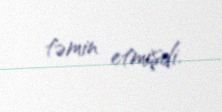
təmin etmişdi.